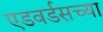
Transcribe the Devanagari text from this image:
एडवर्डसच्या